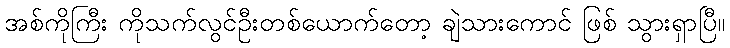
အစ်ကိုကြီး ကိုသက်လွင်ဦးတစ်ယောက်တော့ ချဲသားကောင် ဖြစ် သွားရှာပြီ။